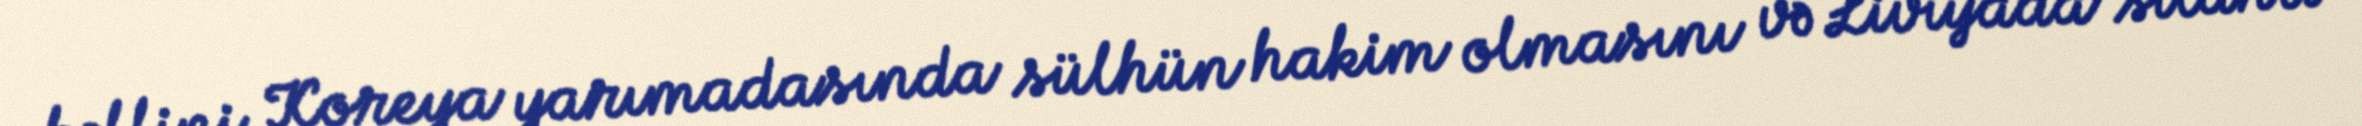
həllini, Koreya yarımadasında sülhün hakim olmasını və Liviyada silahlı